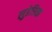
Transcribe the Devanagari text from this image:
लुडेरित्झ